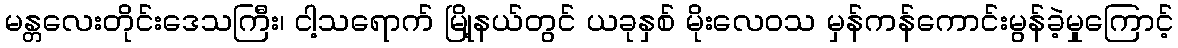
မန္တလေးတိုင်းဒေသကြီး၊ ငါ့သရောက် မြို့နယ်တွင် ယခုနှစ် မိုးလေဝသ မှန်ကန်ကောင်းမွန်ခဲ့မှုကြောင့်